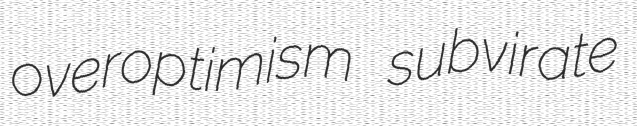
overoptimism subvirate